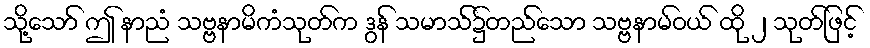
သို့သော် ဤ နာညံ သဗ္ဗနာမိကံသုတ်က ဒွန် သမာသ်၌တည်သော သဗ္ဗနာမ်ဝယ် ထို ၂ သုတ်ဖြင့်